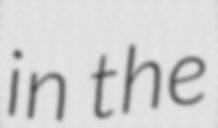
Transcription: in the